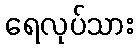
ရေလုပ်သား